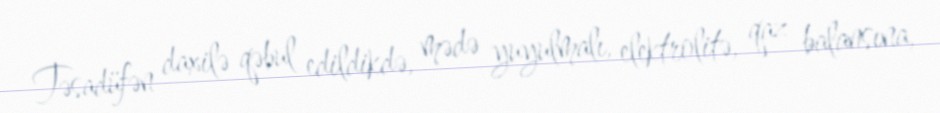
Təsadüfən daxilə qəbul edildikdə, mədə yuyulmalı, elektrolitə, qaz balansına,